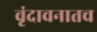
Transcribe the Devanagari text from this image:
वृंदावनातच